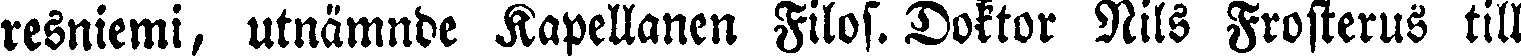
resniemi, utnämnde Kapellanen Filos. Doktor Nils Frosterus till